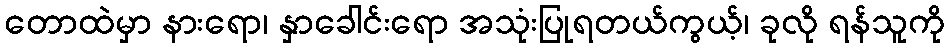
တောထဲမှာ နားရော၊ နှာခေါင်းရော အသုံးပြုရတယ်ကွယ့်၊ ခုလို ရန်သူကို